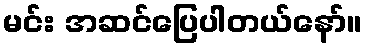
မင်း အဆင်ပြေပါတယ်နော်။